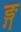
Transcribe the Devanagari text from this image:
ङ्ग